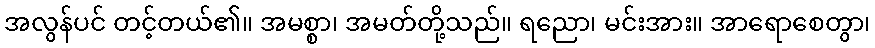
အလွန်ပင် တင့်တယ်၏။ အမစ္စာ၊ အမတ်တို့သည်။ ရညော၊ မင်းအား။ အာရောစေတွာ၊